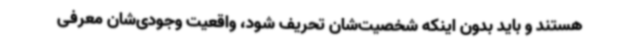
هستند و باید بدون اینکه شخصیت‌شان تحریف شود، واقعیت وجودی‌شان معرفی